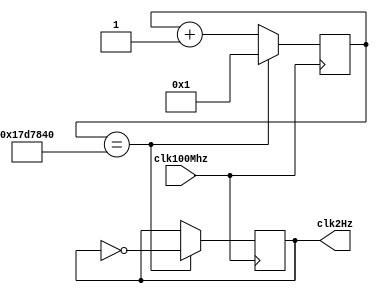
module twoHertzClk(clk100Mhz, clk2Hz);
  input clk100Mhz; //fast clock
  output reg clk2Hz; //slow clock

  reg[24:0] counter;

  initial begin
    counter = 0;
    clk2Hz = 0;
  end

  always @ (posedge clk100Mhz)
  begin
    if(counter == 25'd25000000) begin
      counter <= 1;
      clk2Hz <= ~clk2Hz;
    end
    else begin
      counter <= counter + 1;
    end
  end
endmodule

module pixelClk(clk100Mhz, clk25MHz);
  input clk100Mhz; //fast clock
  output reg clk25MHz; //slow clock

  reg[1:0] counter;

  initial begin
    counter = 0;
    clk25MHz = 0;
  end

  always @ (posedge clk100Mhz)
  begin
    if(counter == 2'd2) begin
      counter <= 1;
      clk25MHz <= ~clk25MHz;
    end
    else begin
      counter <= counter + 1;
    end
  end
endmodule

module tenHertzClk(clk100Mhz, clk10hz);
  input clk100Mhz; //fast clock
  output reg clk10hz; //slow clock

  reg[22:0] counter;

  initial begin
    counter = 0;
    clk10hz = 0;
  end

  always @ (posedge clk100Mhz)
  begin
    if(counter == 23'd5000000) begin
      counter <= 1;
      clk10hz <= ~clk10hz;
    end
    else begin
      counter <= counter + 1;
    end
  end
endmodule

module sevenSegClock(clk100Mhz, clk1KHz);
  input clk100Mhz; //fast clock
  output reg clk1KHz; //slow clock

  reg[15:0] counter;

  initial begin
    counter = 0;
    clk1KHz = 0;
  end

  always @ (posedge clk100Mhz) begin
    if(counter == 16'd50000) begin
      counter <= 1;
      clk1KHz <= ~clk1KHz;
    end
    else begin
      counter <= counter + 1;
    end
  end
endmodule

module debounce_divider(clk100Mhz, clk20Hz);
    input clk100Mhz; //fast clock
    output reg clk20Hz; //slow clock

    reg[21:0] counter;

    initial begin
      counter = 0;
      clk20Hz = 0;
    end

    always @ (posedge clk100Mhz)
    begin
      if(counter == 22'd2500000) begin
        counter <= 1;
        clk20Hz <= ~clk20Hz;
      end
      else begin
        counter <= counter + 1;
      end
    end
endmodule

module dynamic_clock(clk100Mhz, faster, slower, variableClk, i);
  input clk100Mhz, faster, slower;
  output reg variableClk;
  reg[24:0] counter;
  reg [25:0] reference [0:10];
  output reg [3:0] i;

  initial begin
    counter <= 0;
    variableClk <= 0;
    reference[0] = 25'd25000000;//2Hz
    reference[1] = 25'd12500000;//4Hz
    reference[2] = 25'd6250000;//8Hz
    reference[3] = 25'd3125000;//16Hz
    reference[4] = 25'd2000000;//25Hz
    reference[5] = 25'd1562500;//32Hz
    reference[6] = 25'd1250000;//40Hz
    reference[7] = 25'd1000000;//50Hz
    reference[8] = 25'd833333;//60Hz
    reference[9] = 25'd714285;//70Hz
    reference[10] = 25'd625000;//80Hz
    i = 4'b0010;
  end

  always @(posedge clk100Mhz) begin
    if(counter >= reference[i]) begin
      counter <= 1;
      variableClk <= ~variableClk;
    end
    else begin
      counter <= counter + 1;
    end
  end

  always @(posedge clk100Mhz) begin
    if (faster && (i < 4'd10)) i = i + 1;
    else if (slower && (i > 4'd0)) i = i - 1;
  end

endmodule